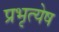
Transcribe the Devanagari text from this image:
प्रभृत्येष